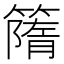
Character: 𥳔